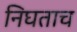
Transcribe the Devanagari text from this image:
निघताच